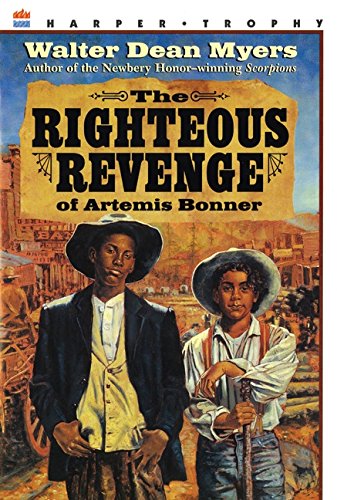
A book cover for The Righteous Revenge of Artemis Bonner; Walter Dean Myers; Teen & Young Adult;